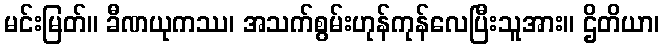
မင်းမြတ်။ ခီဏယုကဿ၊ အသက်စွမ်းဟုန်ကုန်လေပြီးသူအား။ ဌိတိယာ၊